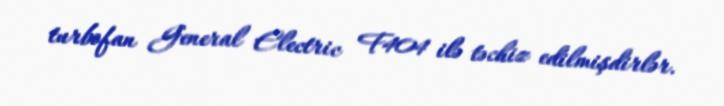
turbofan General Electric F404 ilə təchiz edilmişdirlər.